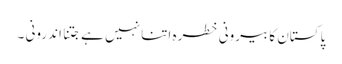
پاکستان کا بیرونی خطرہ اتنا نہیں ہے جتنا اندرونی ۔